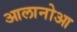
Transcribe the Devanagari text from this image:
आलानोआ